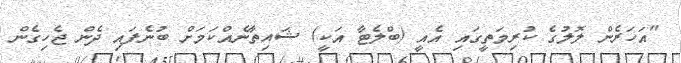
"އަހަރެން ލޮލުގެ ކުރިމަތީގައި އެއީ (ބްލެޓާ އަކީ) ޝައިތާނެއްކަމަށް ބުނެފައި ދެން ޖެހިގެން